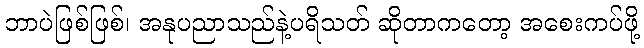
ဘာပဲဖြစ်ဖြစ်၊ အနုပညာသည်နဲ့ပရိသတ် ဆိုတာကတော့ အစေးကပ်ဖို့